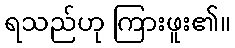
ရသည်ဟု ကြားဖူး၏။